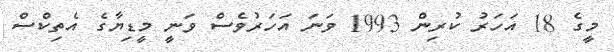
މީގެ 18 އަހަރު ކުރިން 1993 ވަނަ އަހަރުވެސް ވަނީ މީޑިޔާގެ އެތިކްސް